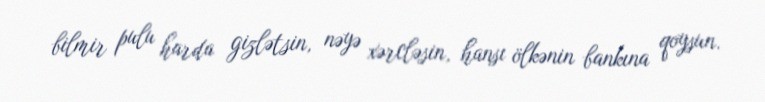
bilmir pulu harda gizlətsin, nəyə xərcləsin, hansı ölkənin bankına qoysun.